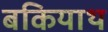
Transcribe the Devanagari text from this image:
बकियाथ